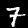
Label: 7